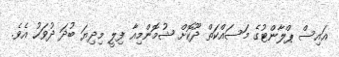
އައިސް ޕްލާންޓުގެ މަސައްކަތް ދޫކޮށް ޝުމޮންމިއާ ފިލީ މިދިޔަ ބުދަ ދުވަހު އެވެ.